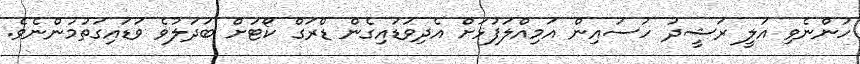
ހުންނެވި އަލީ ރަޝީދު ހުސައިން އަމިއްލަފުޅަށް އެދިވަޑައިގެން ޑްރަގް ކޯޓަށް ބަދަލުވެ ވަޑައިގަތުމުންނެވެ.